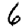
Digit: 6